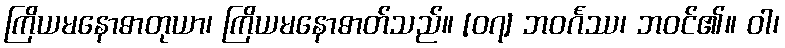
ကြိယမနောဓာတုယာ၊ ကြိယမနောဓာတ်သည်။ [၀၇] ဘဝင်္ဂဿ၊ ဘဝင်၏။ ဝါ၊